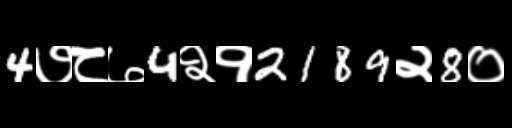
Text: 4७८७4२१2189२8०